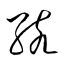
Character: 孩